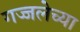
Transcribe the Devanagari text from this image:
गज्जलेच्या